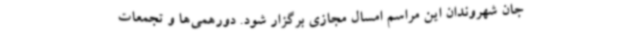
جان شهروندان این مراسم امسال مجازی برگزار شود. دورهمی‌ها و تجمعات